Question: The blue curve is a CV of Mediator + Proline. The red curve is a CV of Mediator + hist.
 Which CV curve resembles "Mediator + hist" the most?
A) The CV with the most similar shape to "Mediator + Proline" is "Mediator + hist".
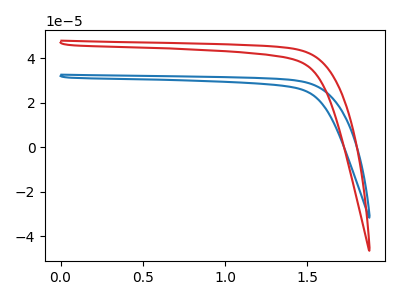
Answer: <think>The blue curve "Mediator + Proline" has no peaks. The red curve "Mediator + hist" has no peaks.
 Neither "Mediator + Proline" or "Mediator + hist" have any peaks.</think>
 <answer>A) The CV with the most similar shape to "Mediator + Proline" is "Mediator + hist".</answer>
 <eval>A</eval>